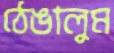
ঠেঙালুম